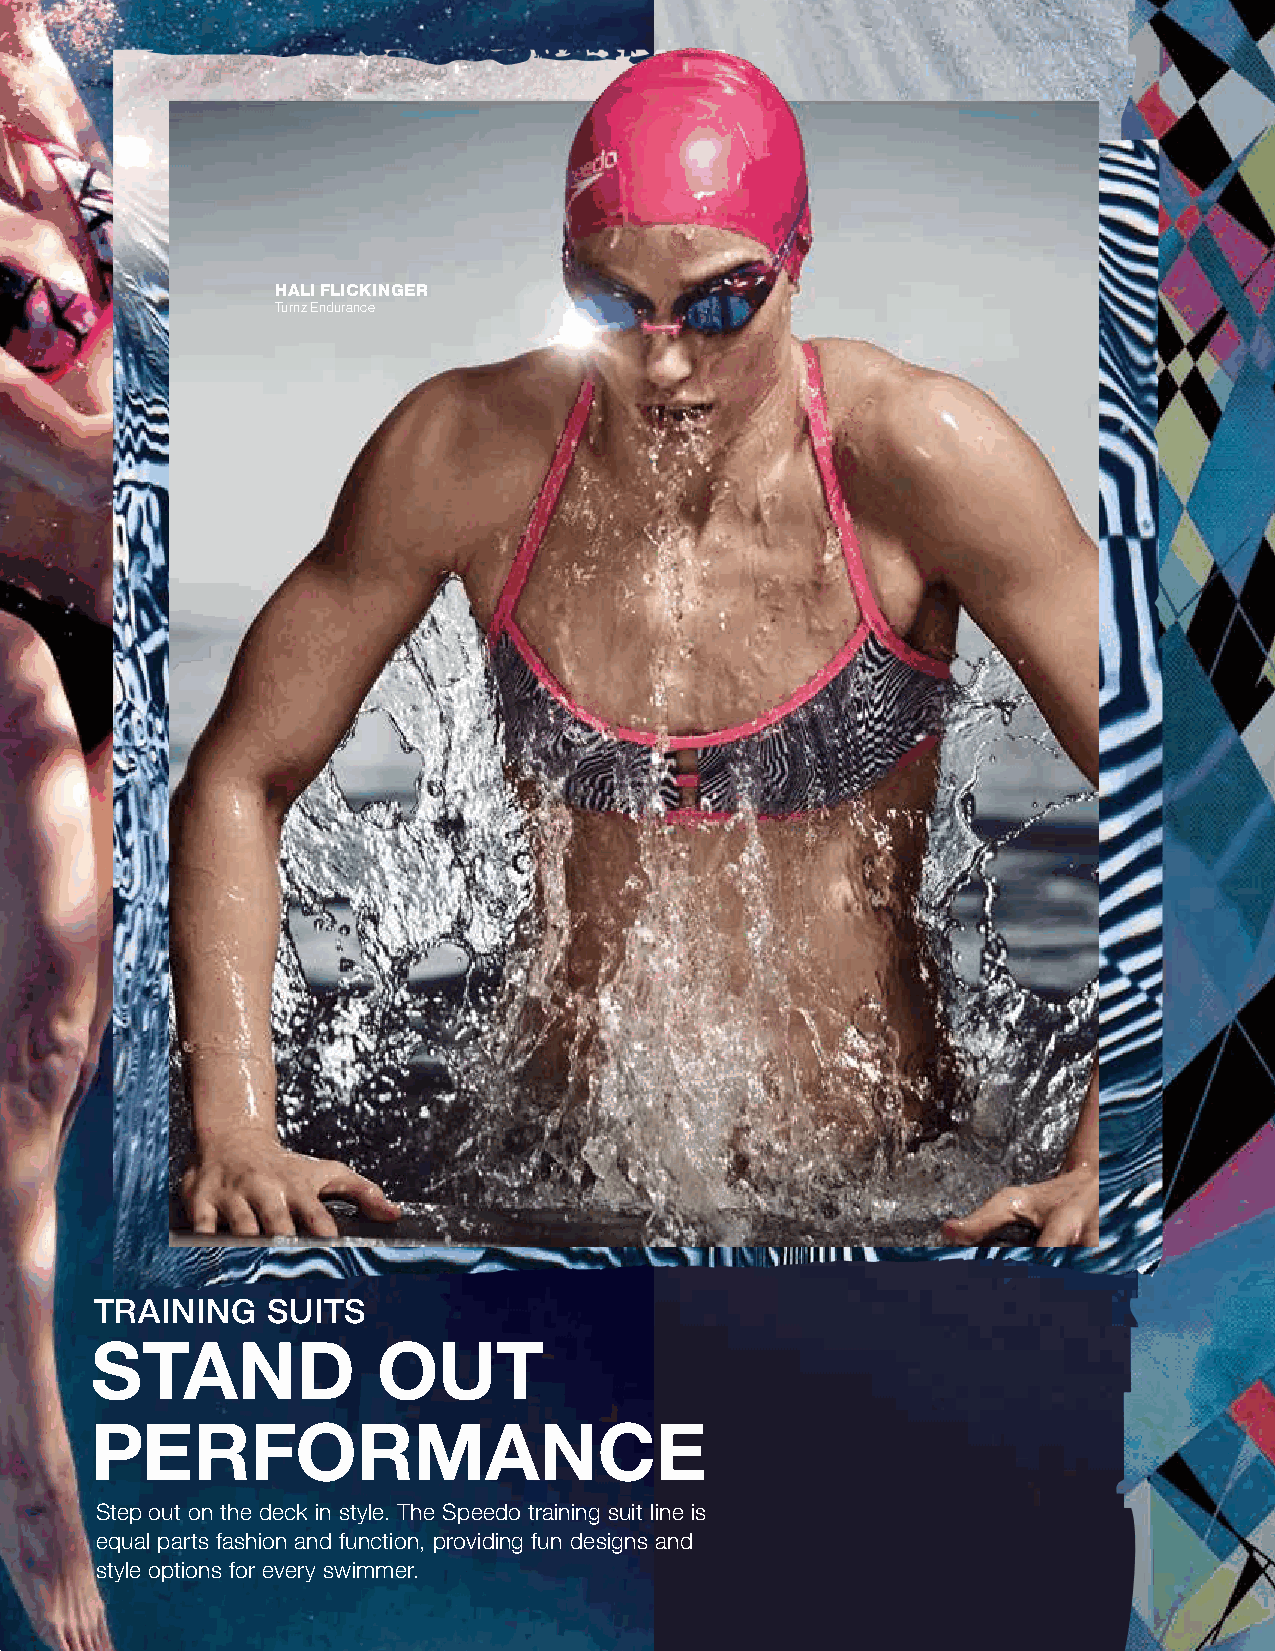
HALI FLICKINGER
 Turnz endurance
 TRAINING    SUITS
 STAND              OUT
 PERFORMANCE
 Step out on the deck in style. The Speedo training suit line is
 equal parts fashion and function, providing fun designs and
 style options for every swimmer.
 2019 FALL / EARLY BUY TrAInInG SUITS | 29